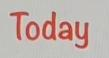
Today